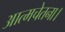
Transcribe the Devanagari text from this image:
आत्मचेतना।